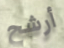
أرشح